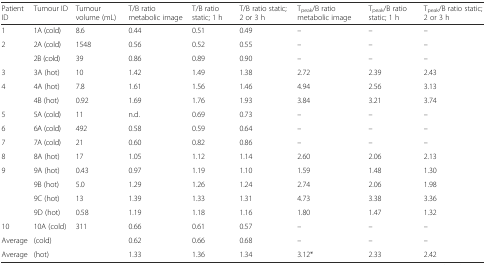
| Patient ID | Tumour ID | Tumour volume (mL) | T/B ratio metabolic image | T/B ratio static; 1 h | T/B ratio static; 2 or 3 h | Tpeak/B ratio metabolic image | Tpeak/B ratio static; 1 h | Tpeak/B ratio static; 2 or 3 h |
 | --- | --- | --- | --- | --- | --- | --- | --- | --- |
 | 1 | 1A (cold) | 8.6 | 0.44 | 0.51 | 0.49 | – | – | – |
 | <ROWSPAN=2> 2 | 2A (cold) | 1548 | 0.56 | 0.52 | 0.55 | – | – | – |
 | 2B (cold) | 39 | 0.86 | 0.89 | 0.90 | – | – | – |
 | 3 | 3A (hot) | 10 | 1.42 | 1.49 | 1.38 | 2.72 | 2.39 | 2.43 |
 | <ROWSPAN=2> 4 | 4A (hot) | 7.8 | 1.61 | 1.56 | 1.46 | 4.94 | 2.56 | 3.13 |
 | 4B (hot) | 0.92 | 1.69 | 1.76 | 1.93 | 3.84 | 3.21 | 3.74 |
 | 5 | 5A (cold) | 11 | n.d. | 0.69 | 0.73 | – | – | – |
 | 6 | 6A (cold) | 492 | 0.58 | 0.59 | 0.64 | – | – | – |
 | 7 | 7A (cold) | 21 | 0.60 | 0.82 | 0.86 | – | – | – |
 | 8 | 8A (hot) | 17 | 1.05 | 1.12 | 1.14 | 2.60 | 2.06 | 2.13 |
 | <ROWSPAN=4> 9 | 9A (hot) | 0.43 | 0.97 | 1.19 | 1.10 | 1.59 | 1.48 | 1.30 |
 | 9B (hot) | 5.0 | 1.29 | 1.26 | 1.24 | 2.74 | 2.06 | 1.98 |
 | 9C (hot) | 13 | 1.39 | 1.33 | 1.31 | 4.73 | 3.38 | 3.36 |
 | 9D (hot) | 0.58 | 1.19 | 1.18 | 1.16 | 1.80 | 1.47 | 1.32 |
 | 10 | 10A (cold) | 311 | 0.66 | 0.61 | 0.57 | – | – | – |
 | Average | (cold) |  | 0.62 | 0.66 | 0.68 | – | – | – |
 | Average | (hot) |  | 1.33 | 1.36 | 1.34 | 3.12* | 2.33 | 2.42 |